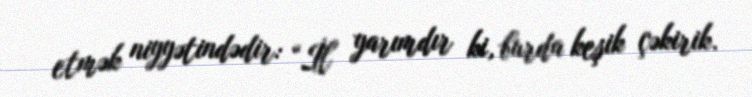
etmək niyyətindədir: “İl yarımdır ki, burda keşik çəkirik.